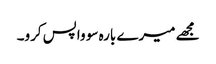
مجھے میرے بارہ سو واپس کرو۔